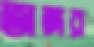
অঙ্গর